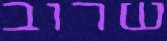
שרוב